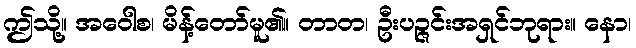
ဤသို့။ အဝေါစ၊ မိန့်တော်မူ၏။ တာတ၊ ဦးပဉ္ဇင်းအရှင်ဘုရား။ နော၊